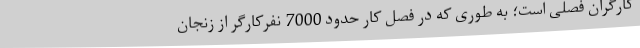
کارگران فصلی است؛ به طوری که در فصل کار حدود 7000 نفرکارگر از زنجان